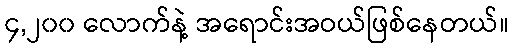
၄,၂၀၀ လောက်နဲ့ အရောင်းအဝယ်ဖြစ်နေတယ်။